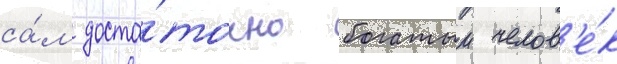
са́м доста́точно богатыи челов'е́к